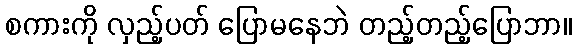
စကားကို လှည့်ပတ် ပြောမနေဘဲ တည့်တည့်ပြောဘာ။